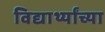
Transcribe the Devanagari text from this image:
विद्यार्थ्‍यांच्‍या